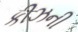
કીઝની